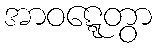
အာဝဋ္ဋေတွာ